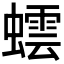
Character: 𮔻